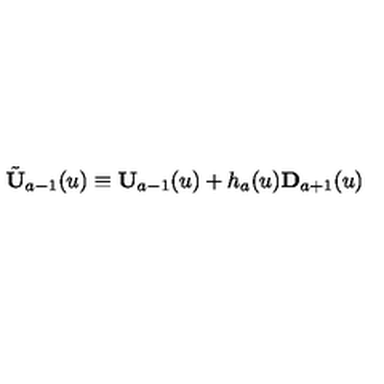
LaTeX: \tilde { \bf U } _ { a - 1 } ( u ) \equiv { \bf U } _ { a - 1 } ( u ) + h _ { a } ( u ) { \bf D } _ { a + 1 } ( u )